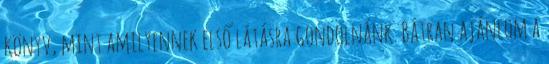
könyv, mint amilyennek első látásra gondolnánk. Bátran ajánlom a